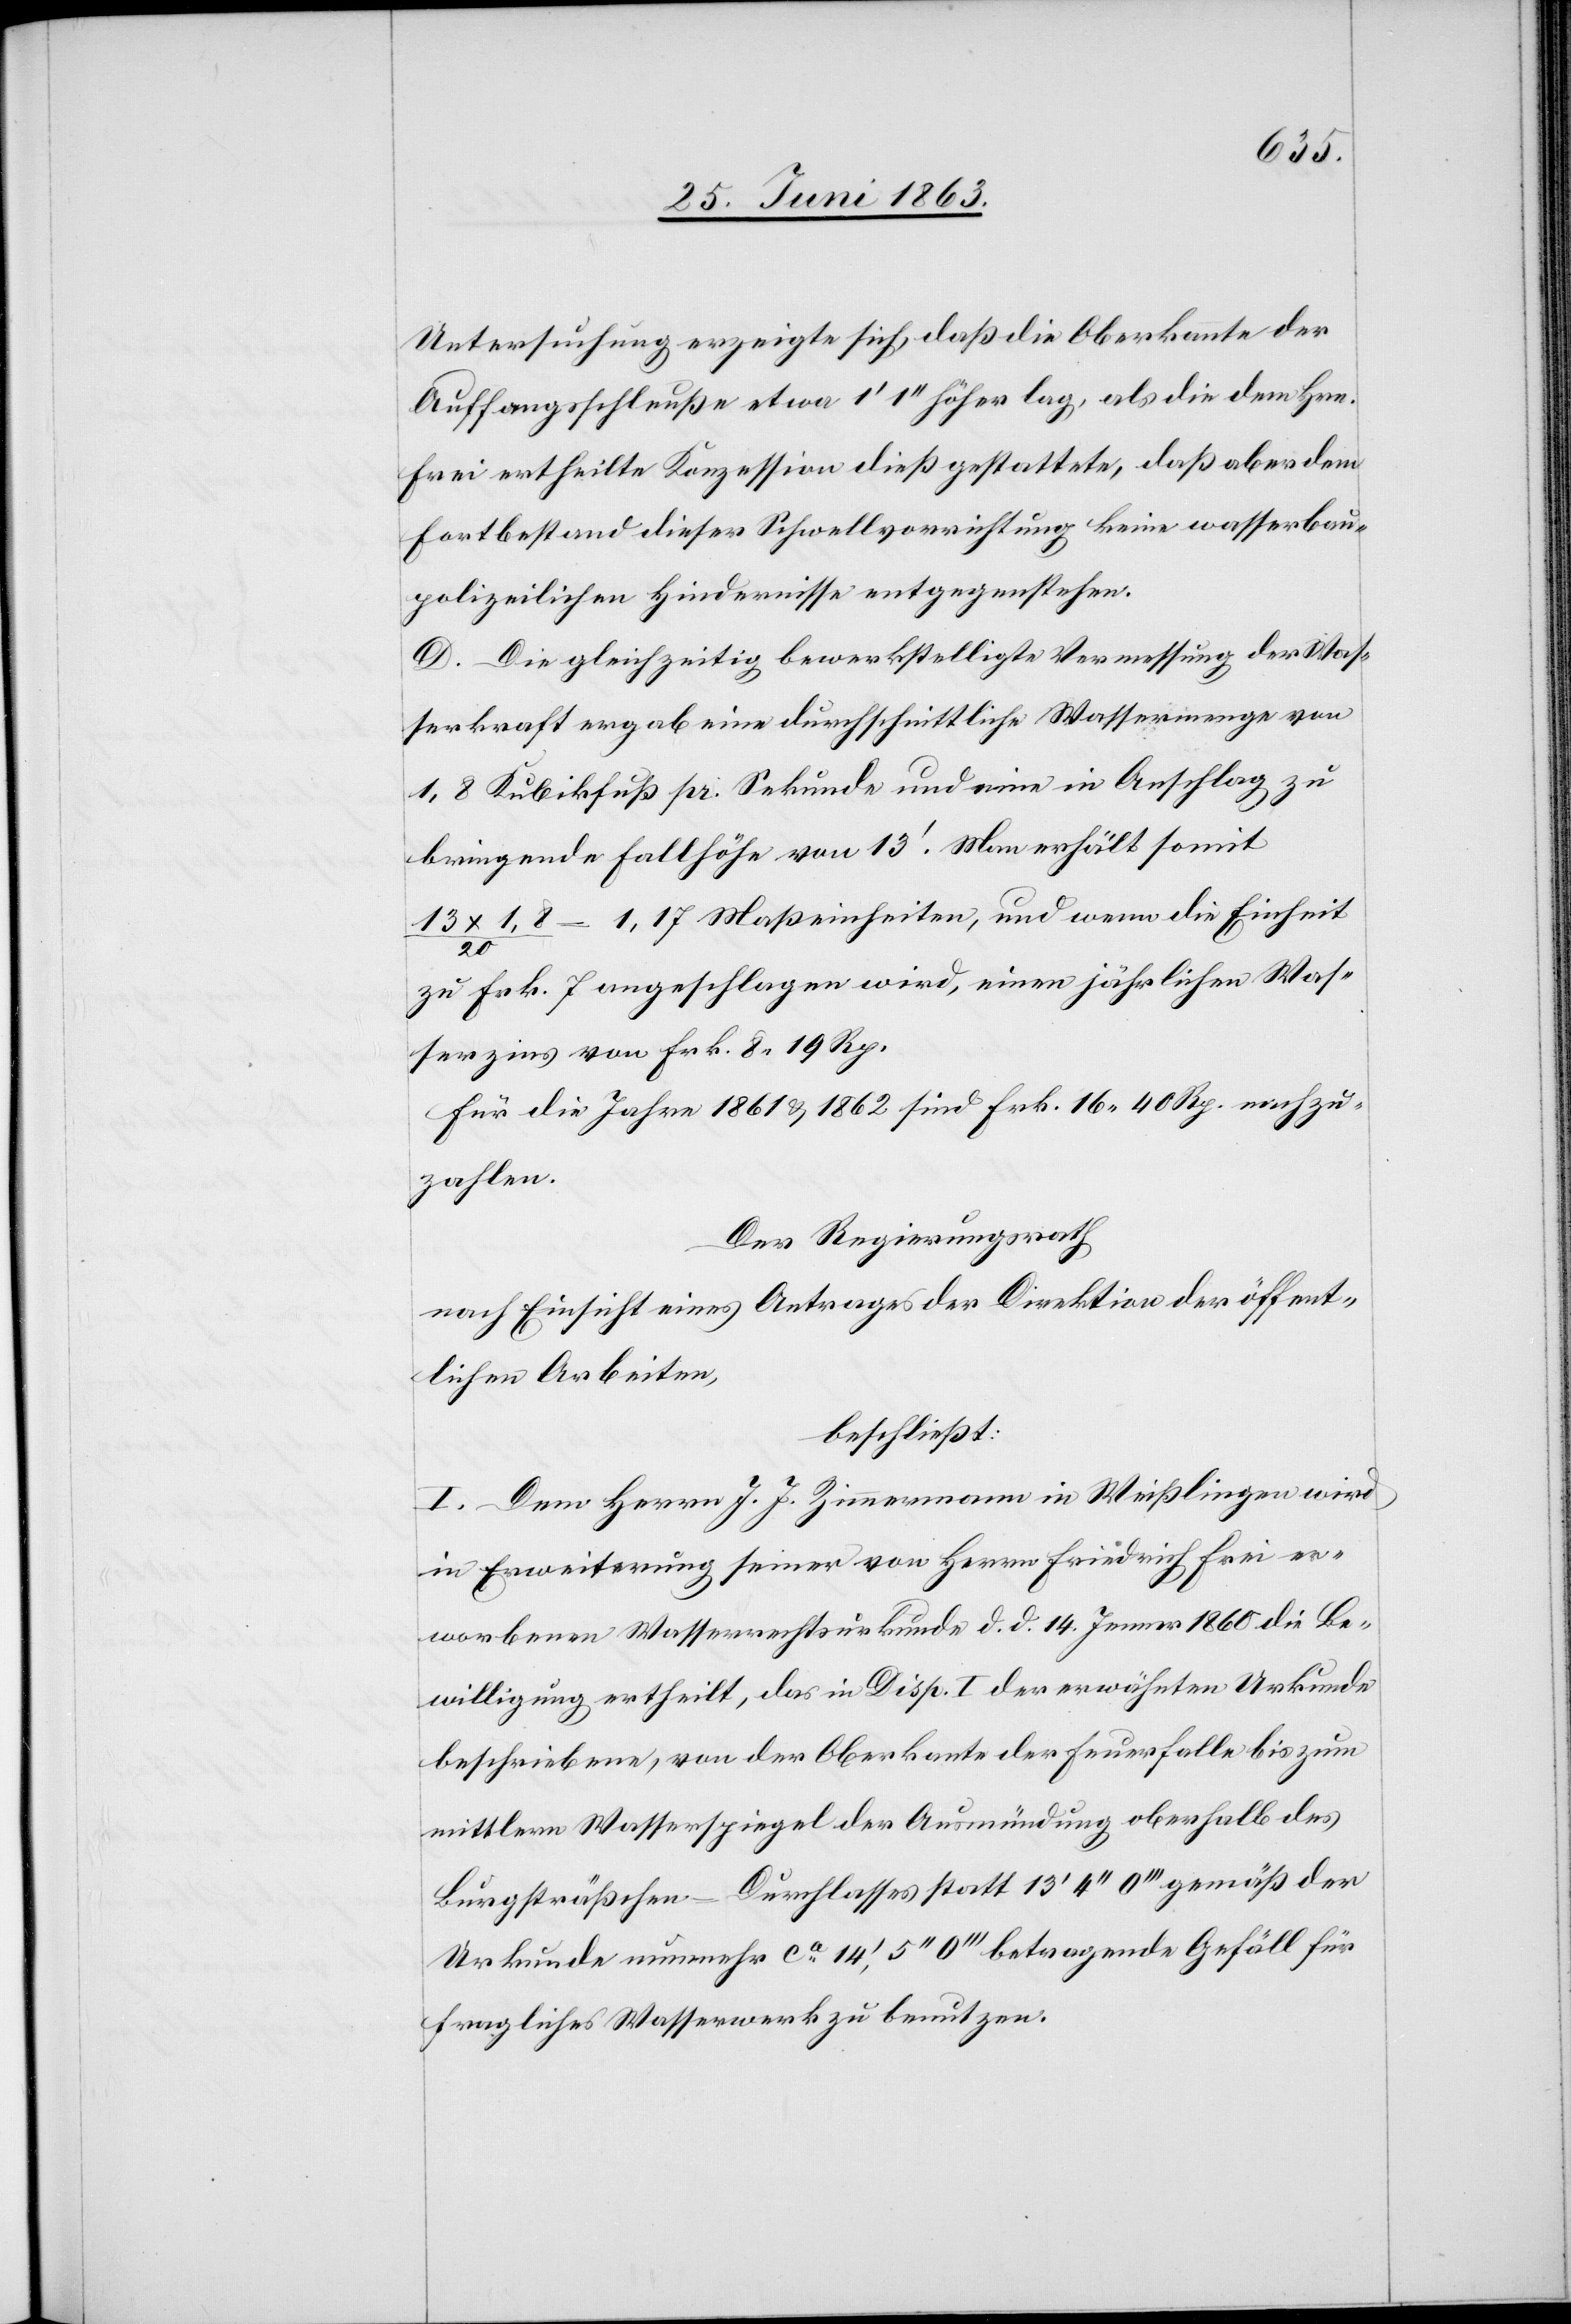
Untersuchung erzeigte sich, daß die Oberkannte
Auffangsschleuße etwa 1' 1'' höher lag, als die dem Hrn.
Frei ertheilte Konzession dieß gestattete, daß aber dem
Fortbestand dieser Schwellvorrichtung keine wasserbau¬
polizeilichen Hindernisse entgegenstehen.
D. Die gleichzeitig bewerkstelligte Vermessung der Was¬
serkraft ergab eine durchschnittliche Wassermenge von
1,8 Kubikfuß pr. Sekunde und eine in Anschlag zu
bringende Fallhöhe von 13'. Man erhält somit
1,8 / 20 = 1,17 Maßeinheiten, und wenn die Einheit
zu Frk. 7 angeschlagen wird, einen jährlichen Was¬
serzins von Frk. 8. 19 Rp.
Für die Jahre 1861 & 1862 sind Frk. 16. 40 Rp. nachzu¬
zahlen.
Der Regierungsrath
nach Einsicht eines Antrages der Direktion der öffent¬
lichen Arbeiten,
beschließt:
I. Dem Herrn J. J. Zimmermann in Weißlingen wird
in Erweiterung seiner von Herrn Friedrich Frei er¬
worbenen Wasserrechtsurkunde d. d. 14. Jenner 1860 die Be¬
willigung ertheilt, das in Disp. I der erwähnten Urkunde
beschriebene, von der Oberkante der Feuerfalle bis zum
mittlern Wasserspiegel der Ausmündung oberhalb des
Burgsträßchen-Durchlasses statt 13' 4'' 0''' gemäß der
Urkunde nunmehr ca 14', 5'' 0''' betragende Gefäll für
fragliches Wasserwerk zu benutzen.